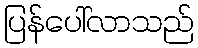
ပြန်ပေါ်လာသည်